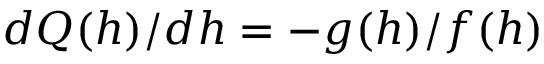
d Q ( h ) / d h = - g ( h ) / f ( h )